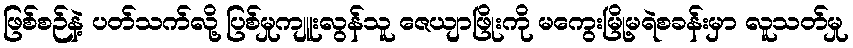
ဖြစ်စဉ်နဲ့ ပတ်သက်လို့ ပြစ်မှုကျူးလွန်သူ ဇေယျာဖြိုးကို မကွေးမြို့မရဲစခန်းမှာ လူသတ်မှု